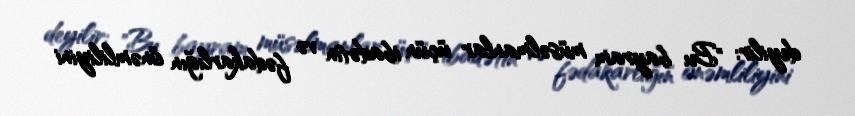
deyilir: "Bu bayram müsəlmanlar üçün ibadətin və fədakarlığın önəmliliyini